Civil Veterinary Department Bihar reports 1940-50 - 1940-1950
Year: 1940
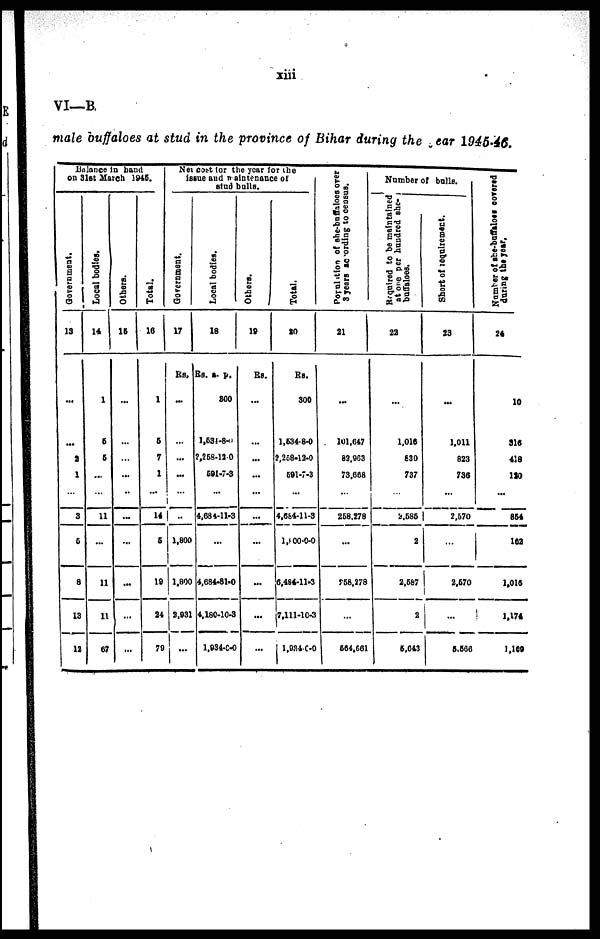
xiii
VI—B.
male buffaloes at stud in the province of Bihar during the ear 1945-46.
Balance in hand
on 31st March 1945.
Government.
13
...
...
2
1
...
3
5
8
13
12
Local bodies.
14
1
5
5
...
...
11
...
11
11
67
Others.
15
...
...
...
...
...
...
...
...
...
...
Total.
16
1
5
7
1
...
14
5
19
24
79
Net cost for the year for the
issue and naintenance of
stud balls.
Government.
17
Rs.
...
...
...
...
...
...
1,800
1.800
2,931
...
Local bodies.
18
Rs a. p.
300
1,534-8-
2,258-120
591-7-3
...
4,684-11-3
...
4,684-81.0
4,180-10-3
1,934-0-0
Others.
19
Rs.
...
...
...
...
...
...
...
...
...
...
Total.
20
Rs.
300
1,534-8-0
2,25-12-0
591-7-3
...
4,684-11-3
1,000-0-0
6,484-11-3
7,111-10-3
1,934-0-0
Population
of she-buffaloes over
3 years according
to census.
21
...
101,647
82,963
73,668
...
268.278
...
258,278
...
564,561
Number of bulls.
Required
to be maintained
at one
per hundred she
buffaloes.
22
...
1,016
830
737
...
2,585
2
2,587
2
5,043
Short of requirement.
23
...
1,011
823
736
...
2,570
...
2,570
...
5,566
Number of she-buffaloes
covered
during
the year,
24
10
316
418
120
...
864
162
1,016
1,174
1,169